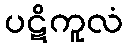
ပဋိကူလံ